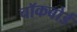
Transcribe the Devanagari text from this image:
चॉकबोर्ड